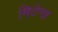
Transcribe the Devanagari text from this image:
मिटेगा